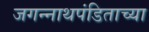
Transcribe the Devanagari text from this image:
जगन्‍नाथपंडिताच्या